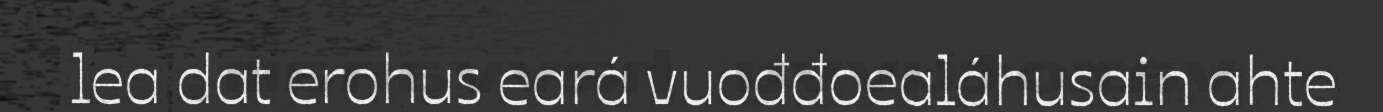
lea dat erohus eará vuođđoealáhusain ahte